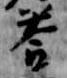
答